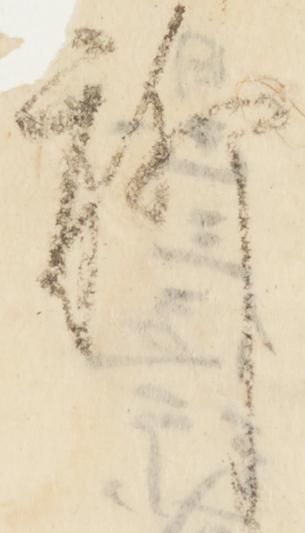
聊